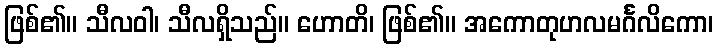
ဖြစ်၏။ သီလဝါ၊ သီလရှိသည်။ ဟောတိ၊ ဖြစ်၏။ အကောတုဟလမင်္ဂလိကော၊